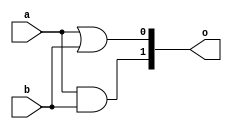
module KGP (a,b,o);
input a, b;
output[1:0] o;

assign o[0]=a|b;
assign o[1]=a&b;

endmodule